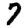
Digit: 7